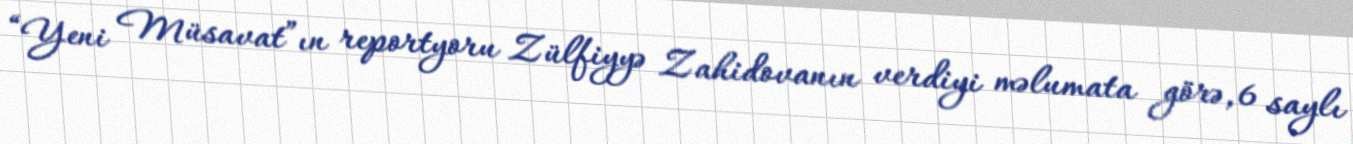
“Yeni Müsavat”ın reportyoru Zülfiyyə Zahidovanın verdiyi məlumata görə, 6 saylı